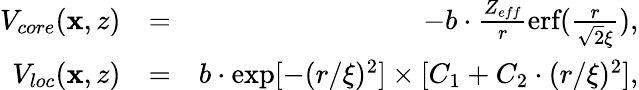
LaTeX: \begin{array}{rlr}{V_{core}(\textbf{x},z)}&{=}&{-b\cdot\frac{Z_{eff}}{r}\textrm{erf}(\frac{r}{\sqrt{2}\xi}),}\\ {V_{loc}(\textbf{x},z)}&{=}&{b\cdot\textrm{exp}[-(r/\xi)^{2}]\times[C_{1}+C_{2}\cdot(r/\xi)^{2}],}\end{array}